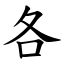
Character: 各